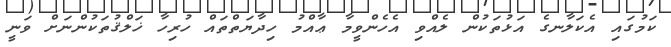
ކަމުގައި އެކަލާނގެ އަޅުތަކުން ލެއްވި އެހެންވީމާ ޢާއްމު ހިދާޔަތްތައް ހުރިހާ ޚަލްޤުތަކުންނަށް ވަނީ